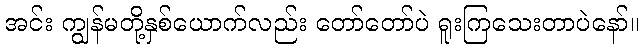
အင်း ကျွန်မတို့နှစ်ယောက်လည်း တော်တော်ပဲ ရူးကြသေးတာပဲနော်။